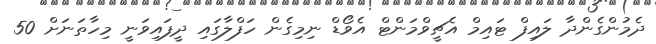
ދެމުންގެންދާ ލައިފް ޓައިމް އެޗީވްމަންޓް އެވޯޑް ނިމިގެން ހަފްލާގައި ދީފައިވަނީ މިހާތަނަށް 50